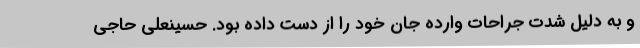
و به دلیل شدت جراحات وارده جان خود را از دست داده بود. حسینعلی حاجی